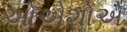
ઓએશોએ